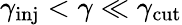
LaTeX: \gamma_{\mathrm{inj}}<\gamma\ll\gamma_{\mathrm{cut}}